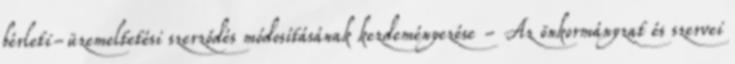
bérleti-üzemeltetési szerződés módosításának kezdeményezése - Az önkormányzat és szervei